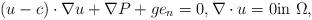
LaTeX: \begin{align*} (u-c) \cdot \nabla u + \nabla P + g e_n = 0, \nabla \cdot u = 0 \textrm{in } \Omega, \end{align*}